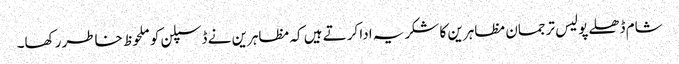
شام ڈھلے پولیس ترجمان مظاہرین کا شکریہ ادا کرتے ہیں کہ مظاہرین نے ڈسپلن کو ملحوظ خاطر رکھا۔